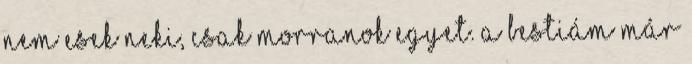
nem esek neki, csak morranok egyet. A Bestiám már